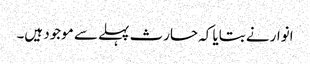
انوار نے بتایا کہ حارث پہلے سے موجود ہیں۔